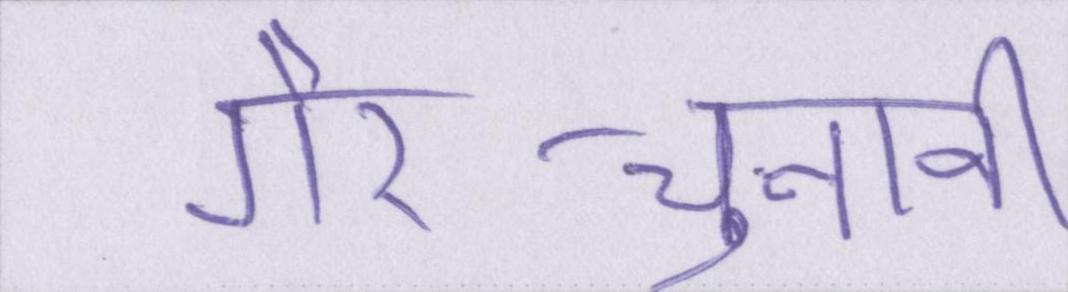
गैर-चुनावी